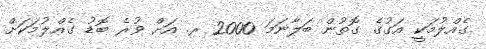
ގެއްލުމަކީ އަގުގެ ގޮތުން ބަލާނަމަ 2000 ރ. އަށް ވުރެ ބޮޑު ގެއްލުމަކަށް